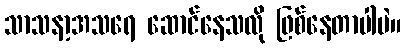
သာသနာ့အသရေ ဆောင်နေသလို ဖြစ်နေတာပါပဲ။